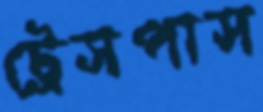
ট্রেসপাস